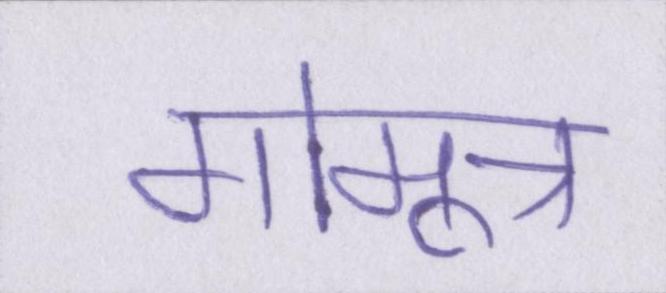
गोमूत्र